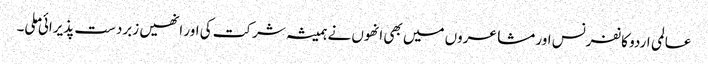
عالمی اردو کانفرنس اور مشاعروں میں بھی انھوں نے ہمیشہ شرکت کی اور انھیں زبردست پذیرائی ملی۔